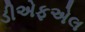
ડીએફએલ